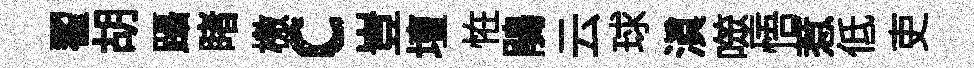
翟胡躡睹檄c豈壇恠鵑云球滇噬悟惹低吏